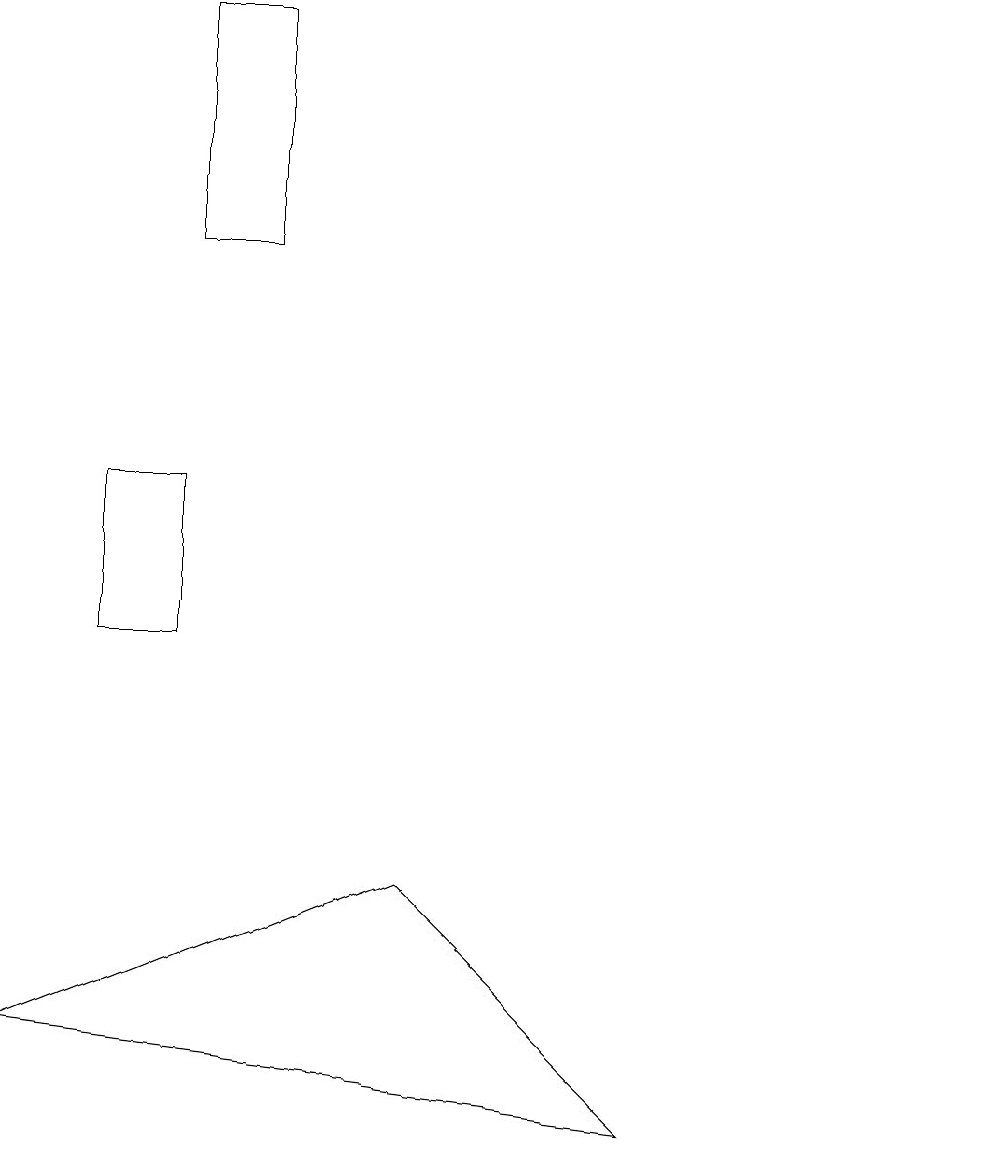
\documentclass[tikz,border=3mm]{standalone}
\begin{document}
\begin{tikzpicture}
\draw (2,12) rectangle (1,10);
\draw (12,11) circle (0);
\draw (5,7) -- (8,4) -- (0,5) -- cycle;
\draw (3,18) rectangle (2,15);
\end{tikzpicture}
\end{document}